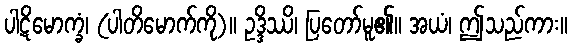
ပါဋိမောက္ခံ၊ (ပါတိမောက်ကို)။ ဥဒ္ဒိဿိ၊ ပြတော်မူ၏။ အယံ၊ ဤသည်ကား။